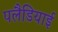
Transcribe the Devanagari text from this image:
पलैडियाई